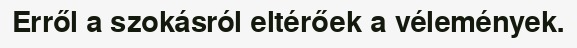
Erről a szokásról eltérőek a vélemények.